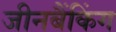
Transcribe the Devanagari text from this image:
जीनबैंकिंग